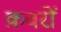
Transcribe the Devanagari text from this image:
क़बरों